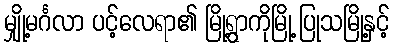
မျှို့မင်္ဂလာ ပင့်လေရာ၏ မြို့ရွာကိုမြို့ ပြုသမြို့နှင့်